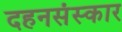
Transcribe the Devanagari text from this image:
दहनसंस्कार